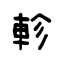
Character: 軫